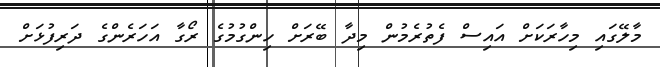
މާލޭގައި މިހާރަކަށް އައިސް ފެތުރެމުން މިދާ ބޭރަށް ހިންގުމުގެ ރޯގާ އަހަރެންގެ ދަރިފުޅަށް